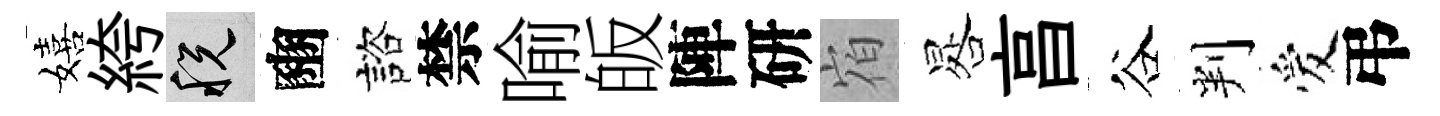
嬉絝税豳諮禁喻皈陣研𪧐晷亯谷判爱弔